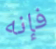
فإنه